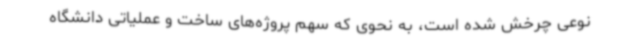
نوعی چرخش شده است، به نحوی که سهم پروژه‌های ساخت و عملیاتی دانشگاه